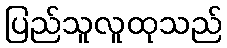
ပြည်သူလူထုသည်